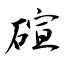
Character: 碹